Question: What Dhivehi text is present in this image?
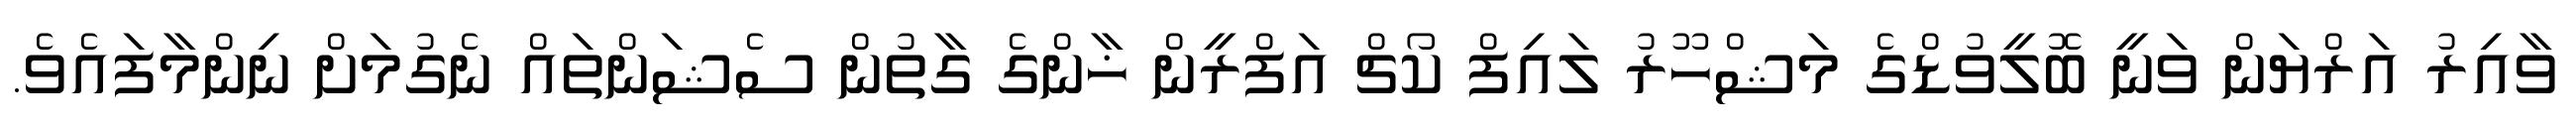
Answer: ވާއިރު އަރްޔަން ވަނީ ބޮލީވުޑްގެ މަޝްހޫރު ލައިފް ކޯޗް އަފްރީން ޚާންގެ ގާތުން ސެޝަންތައް ނެގުމަށް ނިންމާފައެވެ.